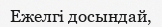
Ежелгі досындай,